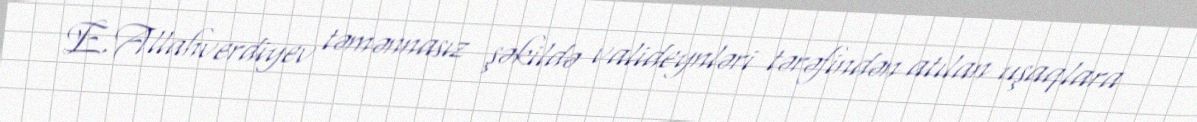
E.Allahverdiyev təmənnasız şəkildə valideynləri tərəfindən atılan uşaqlara